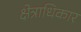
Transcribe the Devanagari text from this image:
क्ष्‍ोत्राधिकार